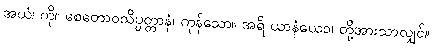
အယံ၊ ကို။ စေတောဝသိပ္ပတ္တာနံ၊ ကုန်သော။ အရိ ယာနံယေဝ၊ တို့အားသာလျှင်။